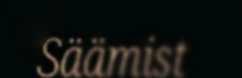
Säämist